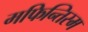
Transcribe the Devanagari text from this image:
मफिन्तिस्म